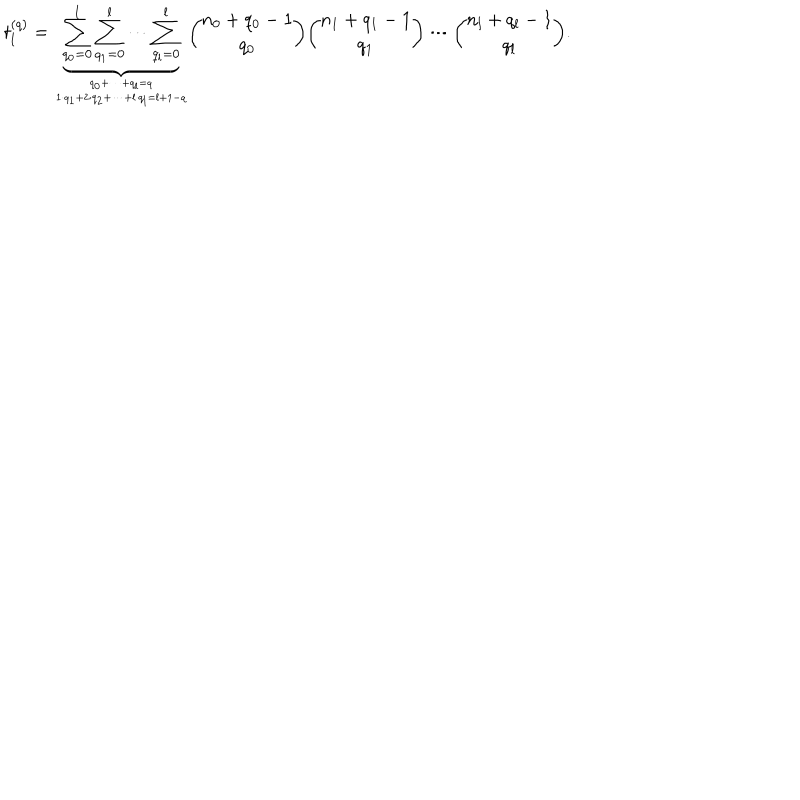
LaTeX: t _ { l } ^ { ( q ) } = \underbrace { \sum _ { q _ { 0 } = 0 } ^ { l } \sum _ { q _ { 1 } = 0 } ^ { l } \cdots \sum _ { q _ { l } = 0 } ^ { l } } _ { q _ { 0 } + \dots + q _ { l } = q \atop 1 \cdot q _ { 1 } + 2 \cdot q _ { 2 } + \dots + l \cdot q _ { l } = l + 1 - q } { \binom { n _ { 0 } + q _ { 0 } - 1 } { q _ { 0 } } } { \binom { n _ { 1 } + q _ { 1 } - 1 } { q _ { 1 } } } \cdots { \binom { n _ { l } + q _ { l } - 1 } { q _ { l } } } .